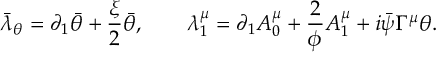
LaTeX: \bar { \lambda } _ { \theta } = \partial _ { 1 } \bar { \theta } + \frac \xi 2 \bar { \theta } , \qquad \lambda _ { 1 } ^ { \mu } = \partial _ { 1 } A _ { 0 } ^ { \mu } + \frac 2 \phi A _ { 1 } ^ { \mu } + i \bar { \psi } \Gamma ^ { \mu } \theta .